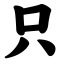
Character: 只